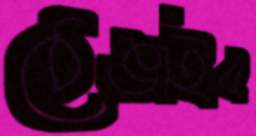
ঠেঙাইব